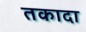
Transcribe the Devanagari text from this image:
तकादा